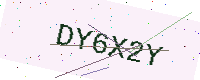
Text: DY6X2Y